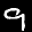
Label: 9